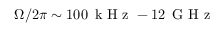
\Omega { / 2 \pi } \sim 1 0 0 \, \mathrm { ~ k ~ H ~ z ~ } - 1 2 \, \mathrm { ~ G ~ H ~ z ~ }